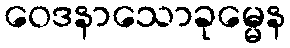
ဝေဒနာသောခုမ္မေန